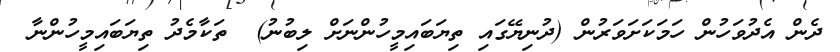
ދެން އެދުވަހުން ހަމަކަށަވަރުން (ދުނިޔޭގައި ތިޔަބައިމީހުންނަށް ލިބުނު)  ތަކާމެދު ތިޔަބައިމީހުންނާ